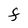
Character: F